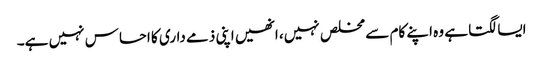
ایسا لگتا ہے وہ اپنے کام سے مخلص نہیں، انھیں اپنی ذمے داری کا احساس نہیں ہے۔